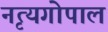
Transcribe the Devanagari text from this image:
नृत्यगोपाल